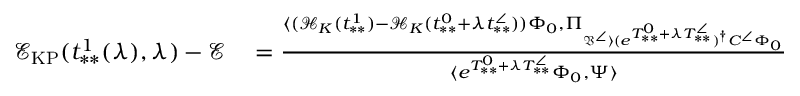
\begin{array} { r l } { \mathcal { E } _ { \mathrm { K P } } ( t _ { * * } ^ { 1 } ( \lambda ) , \lambda ) - \mathcal { E } } & { { } = \frac { \langle ( \mathcal { H } _ { K } ( t _ { * * } ^ { 1 } ) - \mathcal { H } _ { K } ( t _ { * * } ^ { 0 } + \lambda t _ { * * } ^ { \angle } ) ) \Phi _ { 0 } , \Pi _ { \mathfrak { V } ^ { \angle } \rangle ( e ^ { T _ { * * } ^ { 0 } + \lambda T _ { * * } ^ { \angle } } ) ^ { \dag } C ^ { \angle } \Phi _ { 0 } } } { \langle e ^ { T _ { * * } ^ { 0 } + \lambda T _ { * * } ^ { \angle } } \Phi _ { 0 } , \Psi \rangle } } \end{array}